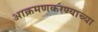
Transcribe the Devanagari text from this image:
आक्रमणकरण्याच्या